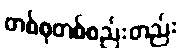
တစ်စုတစ်စည်းတည်း